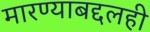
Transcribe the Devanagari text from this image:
मारण्याबद्दलही